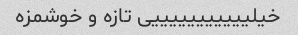
خیلیییییییییییی تازه و خوشمزه